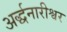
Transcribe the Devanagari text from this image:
अर्द्धनारीश्वर